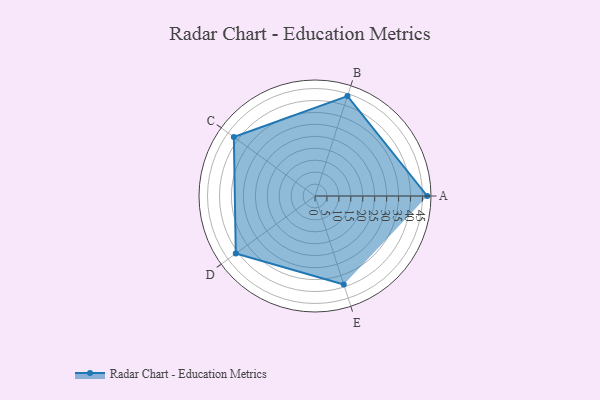
{"axis": {"x": "Skill", "y": "Score"}, "legend": ["Profile"], "data": [{"x": "A", "y": 47.0, "type": "Profile"}, {"x": "B", "y": 44.0, "type": "Profile"}, {"x": "C", "y": 42.0, "type": "Profile"}, {"x": "D", "y": 41.0, "type": "Profile"}, {"x": "E", "y": 39.0, "type": "Profile"}]}